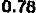
0.78